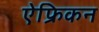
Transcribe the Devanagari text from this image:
ऐफ्रिकन